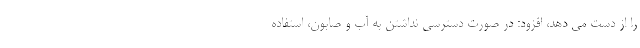
را از دست می دهد، افزود: در صورت دسترسی نداشتن به آب و صابون، استفاده